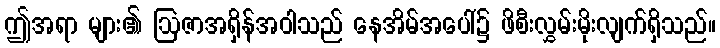
ဤအရာ များ၏ ဩဇာအရှိန်အဝါသည် နေအိမ်အပေါ်၌ ဖိစီးလွှမ်းမိုးလျက်ရှိသည်။